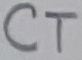
Text: CT